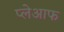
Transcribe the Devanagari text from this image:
प्लेआफ